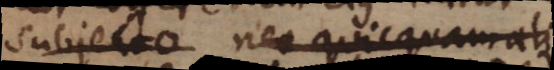
subjecto nec quicquam ali